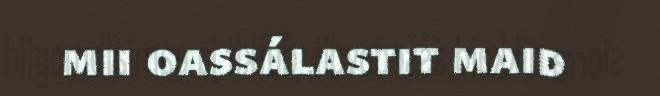
mii oassálastit maid